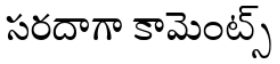
సరదాగా కామెంట్స్